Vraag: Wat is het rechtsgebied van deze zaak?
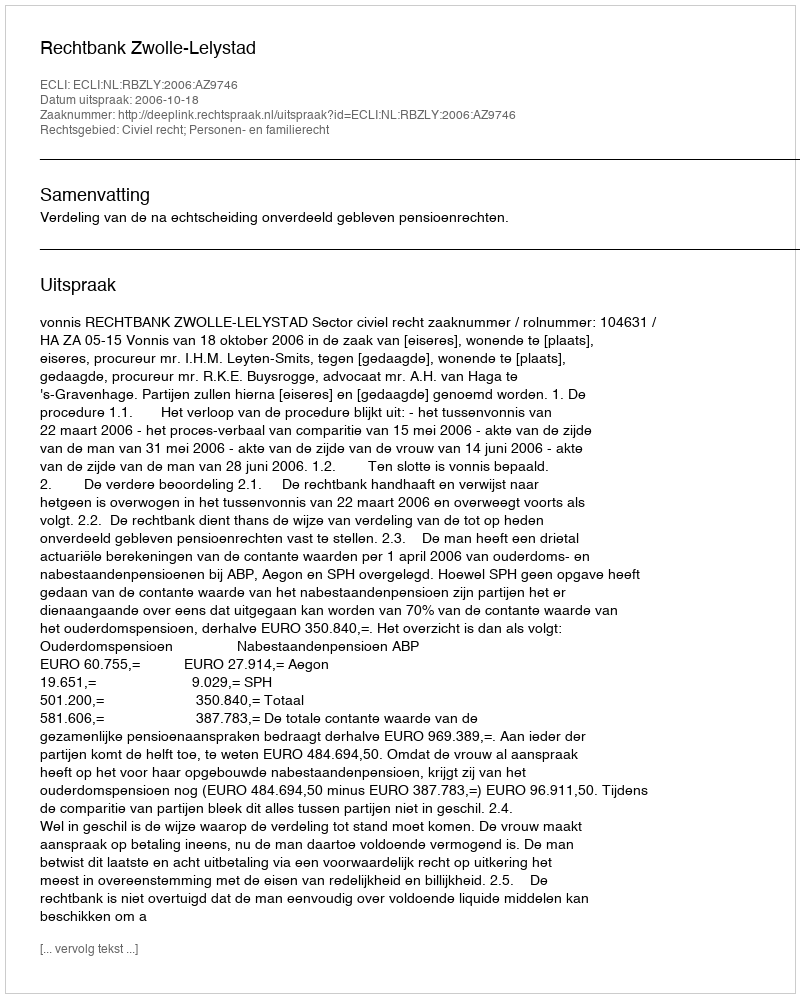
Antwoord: Civiel recht; Personen- en familierecht